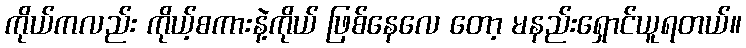
ကိုယ်ကလည်း ကိုယ့်စကားနဲ့ကိုယ် ဖြစ်နေလေ တော့ မနည်းရှောင်ယူရတယ်။